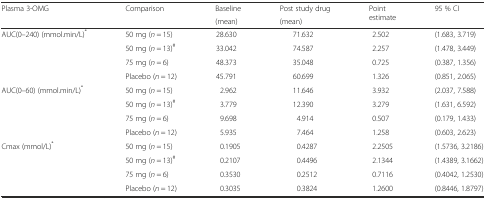
| <ROWSPAN=2> Plasma 3-OMG | <ROWSPAN=2> Comparison | Baseline | Post study drug | <ROWSPAN=2> Point estimate | <ROWSPAN=2> 95 % CI |
 | (mean) | (mean) |
 | --- | --- | --- | --- | --- | --- |
 | <ROWSPAN=4> AUC(0–240) (mmol.min/L)* | 50 mg (n = 15) | 28.630 | 71.632 | 2.502 | (1.683, 3.719) |
 | 50 mg (n = 13)# | 33.042 | 74.587 | 2.257 | (1.478, 3.449) |
 | 75 mg (n = 6) | 48.373 | 35.048 | 0.725 | (0.387, 1.356) |
 | Placebo (n = 12) | 45.791 | 60.699 | 1.326 | (0.851, 2.065) |
 | <ROWSPAN=4> AUC(0–60) (mmol.min/L)* | 50 mg (n = 15) | 2.962 | 11.646 | 3.932 | (2.037, 7.588) |
 | 50 mg (n = 13)# | 3.779 | 12.390 | 3.279 | (1.631, 6.592) |
 | 75 mg (n = 6) | 9.698 | 4.914 | 0.507 | (0.179, 1.433) |
 | Placebo (n = 12) | 5.935 | 7.464 | 1.258 | (0.603, 2.623) |
 | <ROWSPAN=4> Cmax (mmol/L)* | 50 mg (n = 15) | 0.1905 | 0.4287 | 2.2505 | (1.5736, 3.2186) |
 | 50 mg (n = 13)# | 0.2107 | 0.4496 | 2.1344 | (1.4389, 3.1662) |
 | 75 mg (n = 6) | 0.3530 | 0.2512 | 0.7116 | (0.4042, 1.2530) |
 | Placebo (n = 12) | 0.3035 | 0.3824 | 1.2600 | (0.8446, 1.8797) |